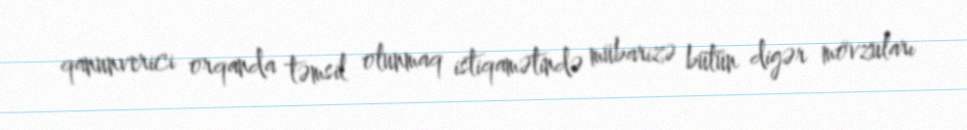
qanunverici orqanda təmsil olunmaq istiqamətində mübarizə bütün digər mövzuları